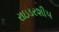
રાઇડરશીપ